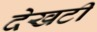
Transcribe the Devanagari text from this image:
देखटी